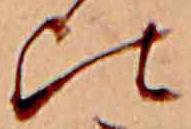
比